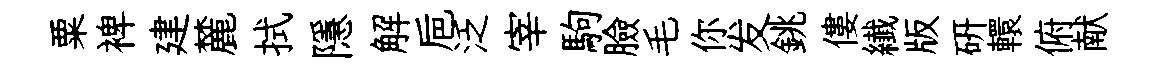
粟裨建麓拭隱解巵泛宰駒臉毛你发銚僂纎版硏轘俯献